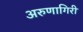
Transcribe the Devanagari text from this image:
अरुणागिरी